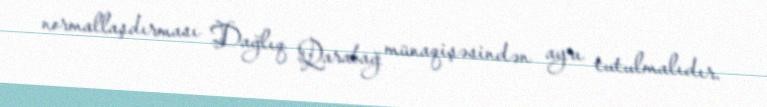
normallaşdırması Dağlıq Qarabağ münaqişəsindən ayrı tutulmalıdır.